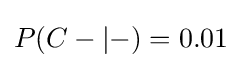
P(C-|-)=0.01